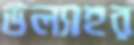
উল্যাহর